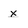
Character: x